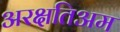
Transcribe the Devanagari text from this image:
अरक्षतिअम